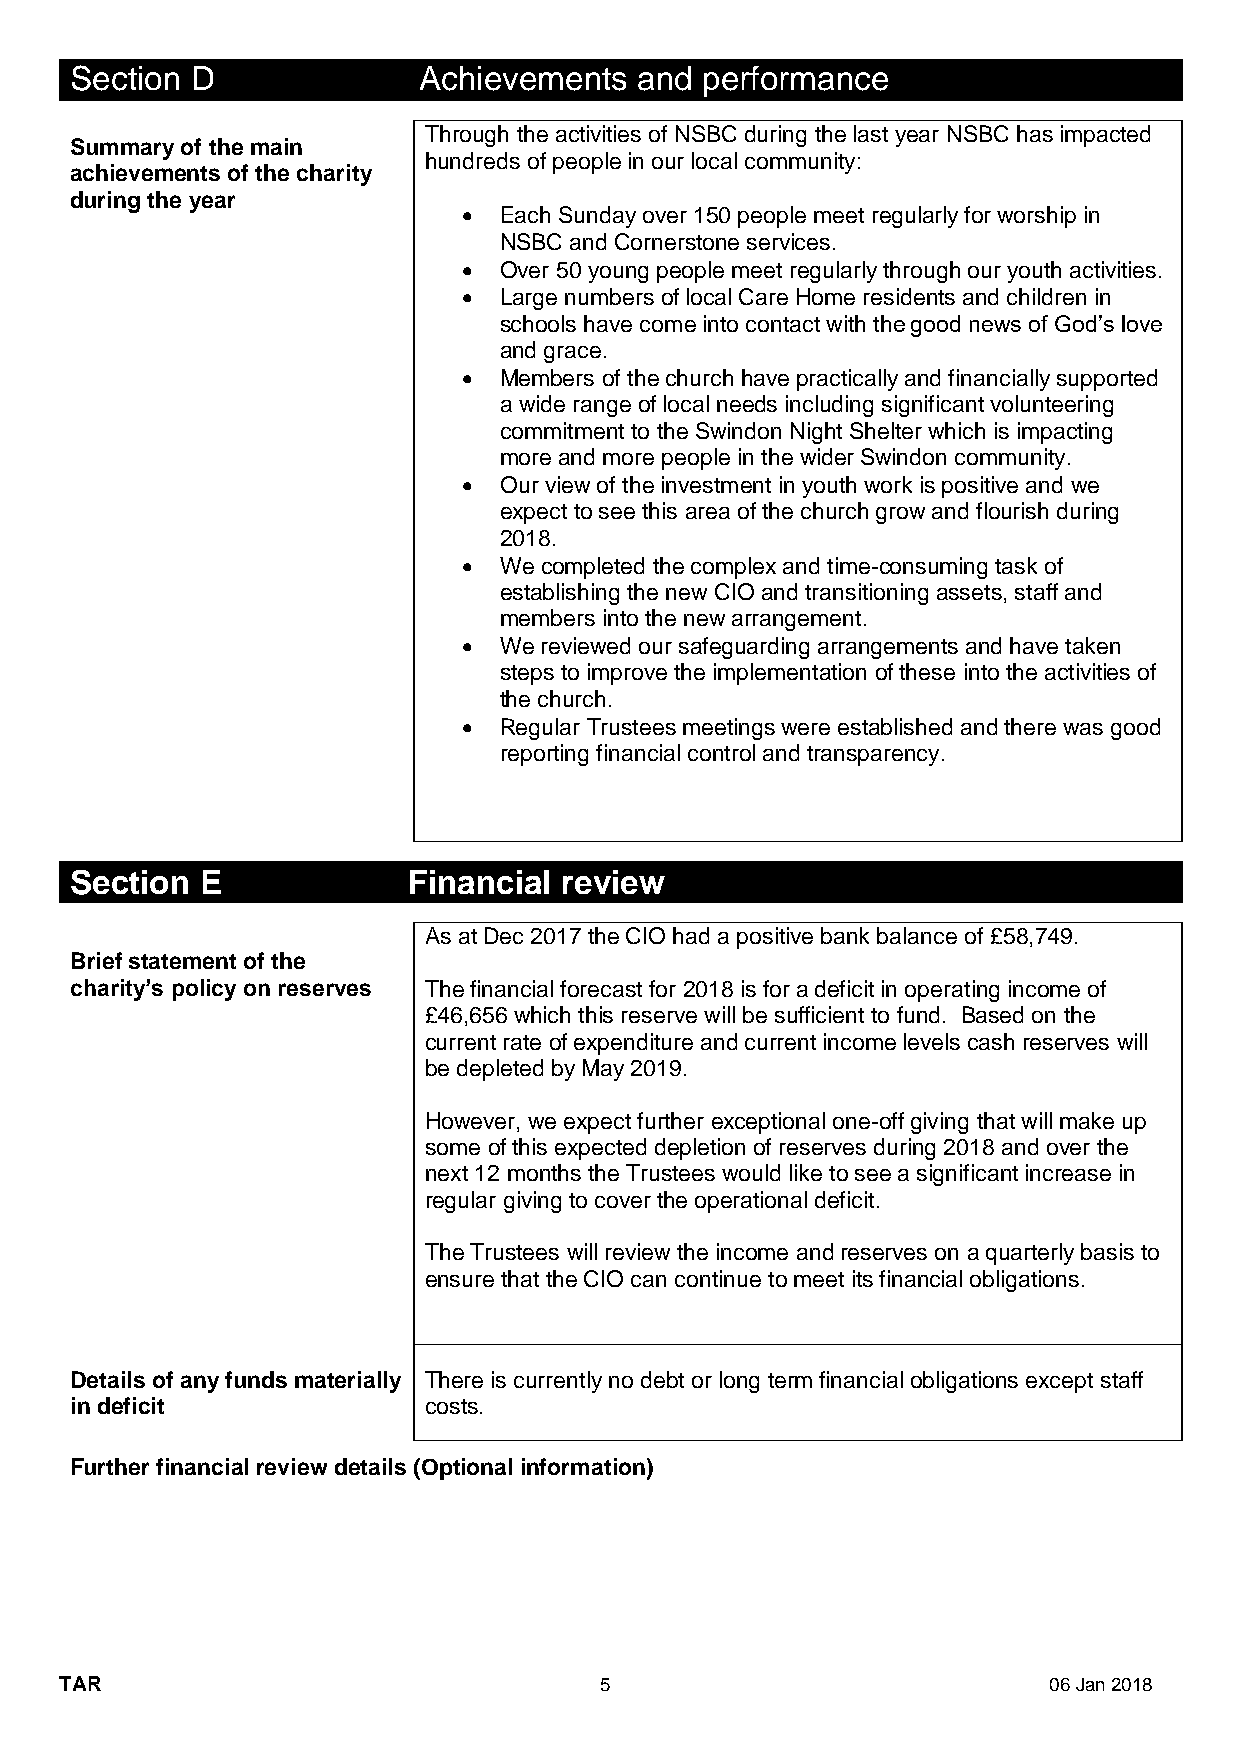
Section D              Achievements  and performance
 Through the activities of NSBC during the last year NSBC has impacted
 Summary of the main
 hundreds of people in our local community:
 achievements of the charity
 during the year
 • Each Sunday over 150 people meet regularly for worship in
 NSBC and Cornerstone services.
 • Over 50 young people meet regularly through our youth activities.
 • Large numbers of local Care Home residents and children in
 schools have come into contact with the good news of God’s love
 and grace.
 • Members of the church have practically and financially supported
 a wide range of local needs including significant volunteering
 commitment to the Swindon Night Shelter which is impacting
 more and more people in the wider Swindon community.
 • Our view of the investment in youth work is positive and we
 expect to see this area of the church grow and flourish during
 2018.
 • We completed the complex and time-consuming task of
 establishing the new CIO and transitioning assets, staff and
 members into the new arrangement.
 • We reviewed our safeguarding arrangements and have taken
 steps to improve the implementation of these into the activities of
 the church.
 • Regular Trustees meetings were established and there was good
 reporting financial control and transparency.
 Section E             Financial review
 As at Dec 2017 the CIO had a positive bank balance of £58,749.
 Brief statement of the
 charity’s policy on reserves The financial forecast for 2018 is for a deficit in operating income of
 £46,656 which this reserve will be sufficient to fund. Based on the
 current rate of expenditure and current income levels cash reserves will
 be depleted by May 2019.
 However, we expect further exceptional one-off giving that will make up
 some of this expected depletion of reserves during 2018 and over the
 next 12 months the Trustees would like to see a significant increase in
 regular giving to cover the operational deficit.
 The Trustees will review the income and reserves on a quarterly basis to
 ensure that the CIO can continue to meet its financial obligations.
 Details of any funds materially There is currently no debt or long term financial obligations except staff
 in deficit             costs.
 Further financial review details (Optional information)
 TAR                                 5                            06 Jan 2018